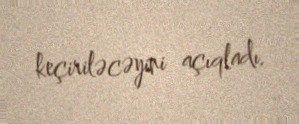
keçiriləcəyini açıqladı.